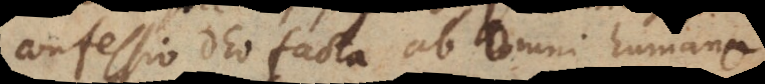
confessio Deo facta ab omni humano